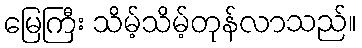
မြေကြီး သိမ့်သိမ့်တုန်လာသည်။